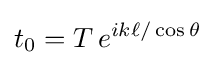
t_{0}=T\,e^{ik\ell /\cos \theta }